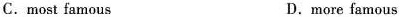
C.most famous D.more famous